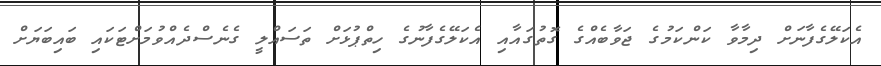
އެކަލޭގެފާނަށް ދިމާވާ ކަންކަމުގެ ޖަވާބެއްގެ ގޮތުގައާއި އެކަލޭގެފާނުގެ ހިތްޕުޅަށް ތަސައްލީ ގެނެސްދެއްވުމަށްޓަކައި ބައިބަޔަށް